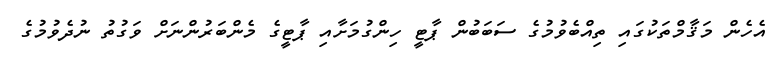
އެހެން މަޤާމްތަކުގައި ތިއްބެވުމުގެ ސަބަބުން ޕާޓީ ހިންގުމަށާއި ޕާޓީގެ މެންބަރުންނަށް ވަގުތު ނުދެވުމުގެ